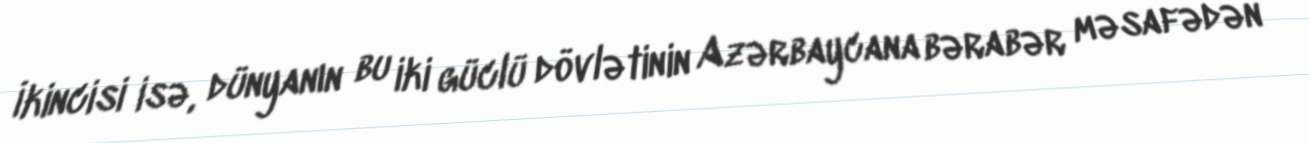
İkincisi isə, dünyanın bu iki güclü dövlətinin Azərbaycana bərabər məsafədən